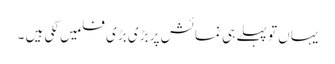
یہاں تو پہلے ہی نمائش پر بڑی بڑی فلمیں لگی ہیں ۔